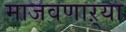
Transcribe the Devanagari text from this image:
माजवणाऱ्या